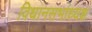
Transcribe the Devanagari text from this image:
विधानसभाध्यक्ष